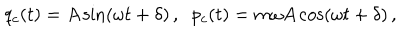
q _ { c } ( t ) = A \sin ( \omega t + \delta ) \, , \; \; p _ { c } ( t ) = m \omega A \cos ( \omega t + \delta ) \, ,